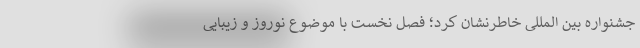
جشنواره بین المللی خاطرنشان کرد؛ فصل نخست با موضوع نوروز و زیبایی